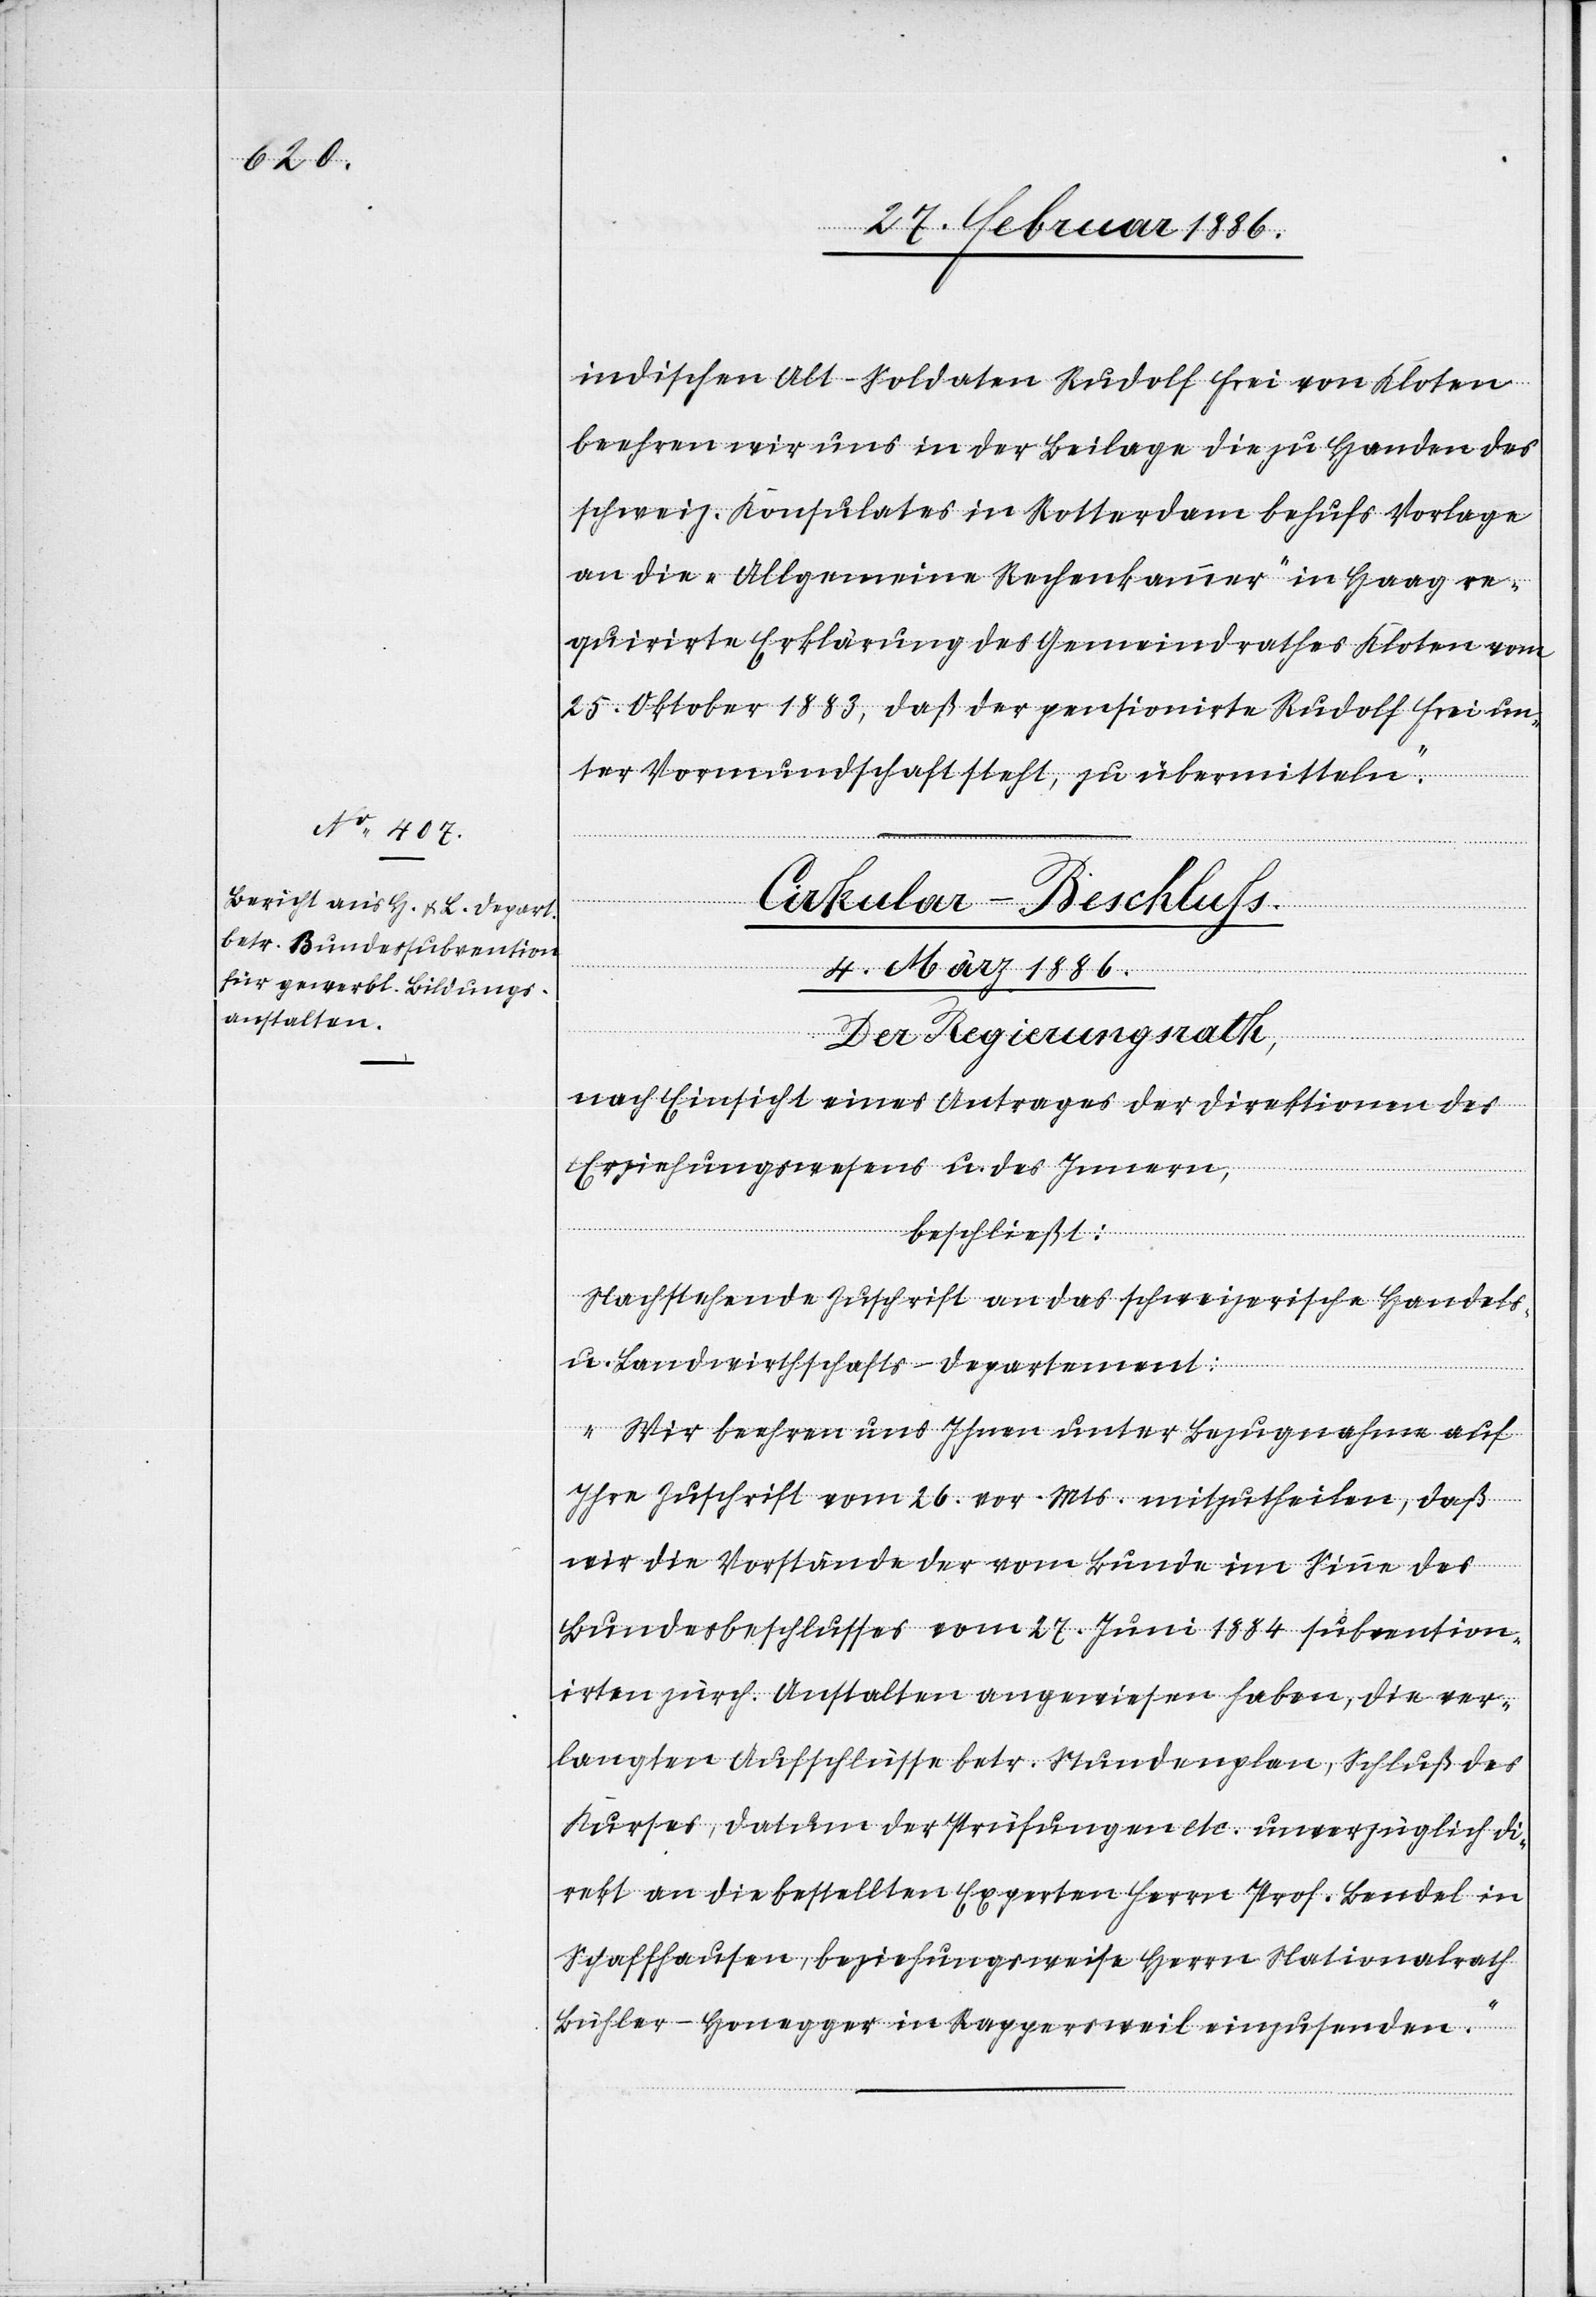
indischen Alt-Soldaten Rudolf Frei von Kloten
beehren wir uns in der Beilage die zu Handen des
schweiz. Konsulates in Rotterdam behufs Vorlagen
an die „Allgemeine Rechenkammer“ in Haag re¬
quirirte Erklärung des Gemeindrathes Kloten vom
25. Oktober 1883, daß der pensionirte Rudolf Frei un¬
ter Vormundschaft steht, zu übermitteln.“
[Circular-Beschluss.]
4. März 1886.
Der Regierungsrath,
nach Einsicht eines Antrages der Direktion des
Erziehungswesens u. des Innern,
beschließt:
Nachstehende Zuschrift an das schweizerische Handels-
u. Landwirthschafts-Departement:
„Wir beehren uns Ihnen unter Bezugnahme auf
Ihre Zuschrift vom 26. vor. Mts. mitzutheilen, daß
wir die Vorstände der vom Bunde im Sinne des
Bundesbeschlusses vom 27. Juni 1884 subvention¬
irten zürch. Anstalten angewiesen haben, die ver¬
langten Aufschlüsse betr. Stundenplan, Schluß des
Kurses, Datum der Prüfungen etc. unverzüglich di¬
rekt an die bestellten Experten Herrn Prof. Bendel in
Schaffhausen, beziehungsweise Herrn Nationalrath
Bühler-Honegger in Rappersweil einzusenden.“